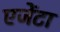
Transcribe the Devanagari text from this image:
एजेंटा